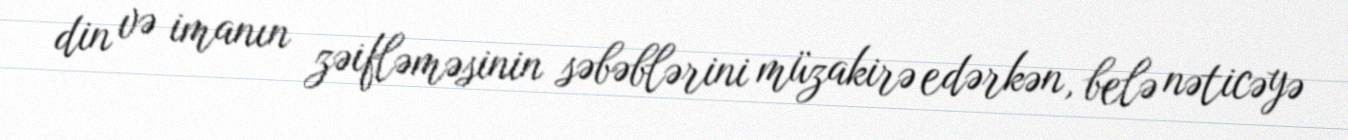
din və imanın zəifləməsinin səbəblərini müzakirə edərkən, belə nəticəyə